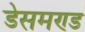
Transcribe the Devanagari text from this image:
डेसमण्ड